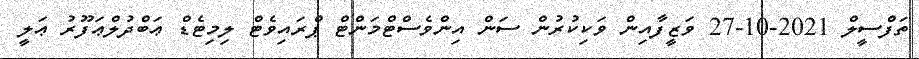
ތަފްސީލް 2021-10-27 ވަޒީފާއިން ވަކިކުރުން ސަން އިންވެސްޓްމަންޓް ޕްރައިވެޓް ލިމިޓެޑް ޢަބްދުލްޢަފޫރު ޢަލީ